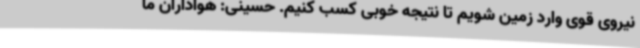
نیروی قوی وارد زمین شویم تا نتیجه خوبی کسب کنیم. حسینی: هواداران ما